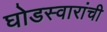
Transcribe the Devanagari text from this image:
घोडस्वारांची